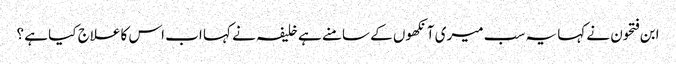
ابن فتحون نے کہا یہ سب میری آنکھوں کے سامنے ہے خلیفہ نے کہا اب اس کا علاج کیا ہے ؟